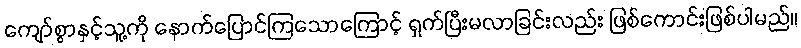
ကျော်စွာနှင့်သူ့ကို နောက်ပြောင်ကြသောကြောင့် ရှက်ပြီးမလာခြင်းလည်း ဖြစ်ကောင်းဖြစ်ပါမည်။